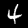
Digit: 4